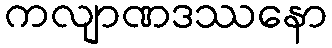
ကလျာဏဒဿနော